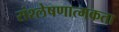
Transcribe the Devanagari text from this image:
संश्लेषणात्मकता